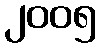
၂၀၀၅